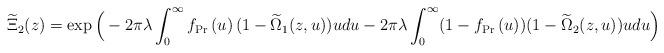
LaTeX: \begin{align*}\widetilde{\Xi}_2(z)=\exp\Big( - 2\pi \lambda \int_0^\infty {f_{{\rm{Pr}}}}\left( u \right) ( 1 -\widetilde{\Omega}_1(z,u)) udu-2\pi \lambda \int_0^\infty (1- {f_{{\rm{Pr}}}}\left( u \right)) ( 1 -\widetilde{\Omega}_2(z,u)) udu\Big)\end{align*}